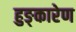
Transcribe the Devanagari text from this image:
हुङ्कारेण